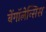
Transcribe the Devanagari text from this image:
बेंगॉलेन्सिस